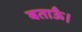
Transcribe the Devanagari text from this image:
बताऊँ।